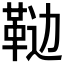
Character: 𱁵